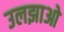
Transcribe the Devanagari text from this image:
उलझाओ